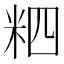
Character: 𥹊